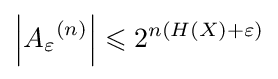
\left|{A_{\varepsilon }}^{(n)}\right|\leqslant 2^{n(H(X)+\varepsilon )}